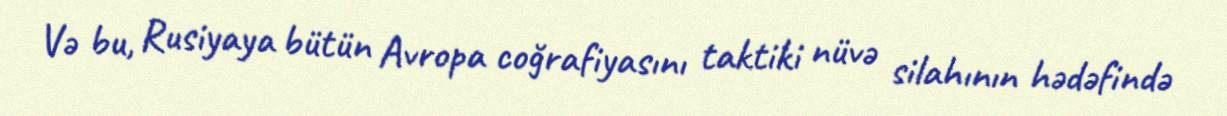
Və bu, Rusiyaya bütün Avropa coğrafiyasını taktiki nüvə silahının hədəfində